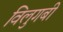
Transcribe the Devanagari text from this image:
विलुगबी